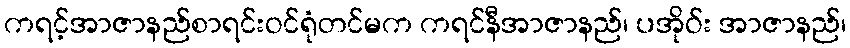
ကရင့်အာဇာနည်စာရင်းဝင်ရုံတင်မက ကရင်နီအာဇာနည်၊ ပအိုဝ်း အာဇာနည်၊